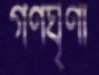
গণঘৃণা